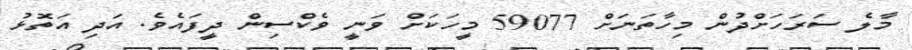
މާލެ ސަރަހަށްދުން މިހާތަނަށް 59077 މީހަކަށް ވަނީ ވެކްސިން ދީފައެވެ. އަދި އަތޮޅު